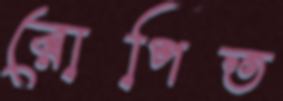
রোপিত